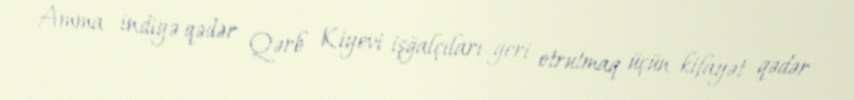
Amma indiyə qədər Qərb Kiyevi işğalçıları geri otrutmaq üçün kifayət qədər